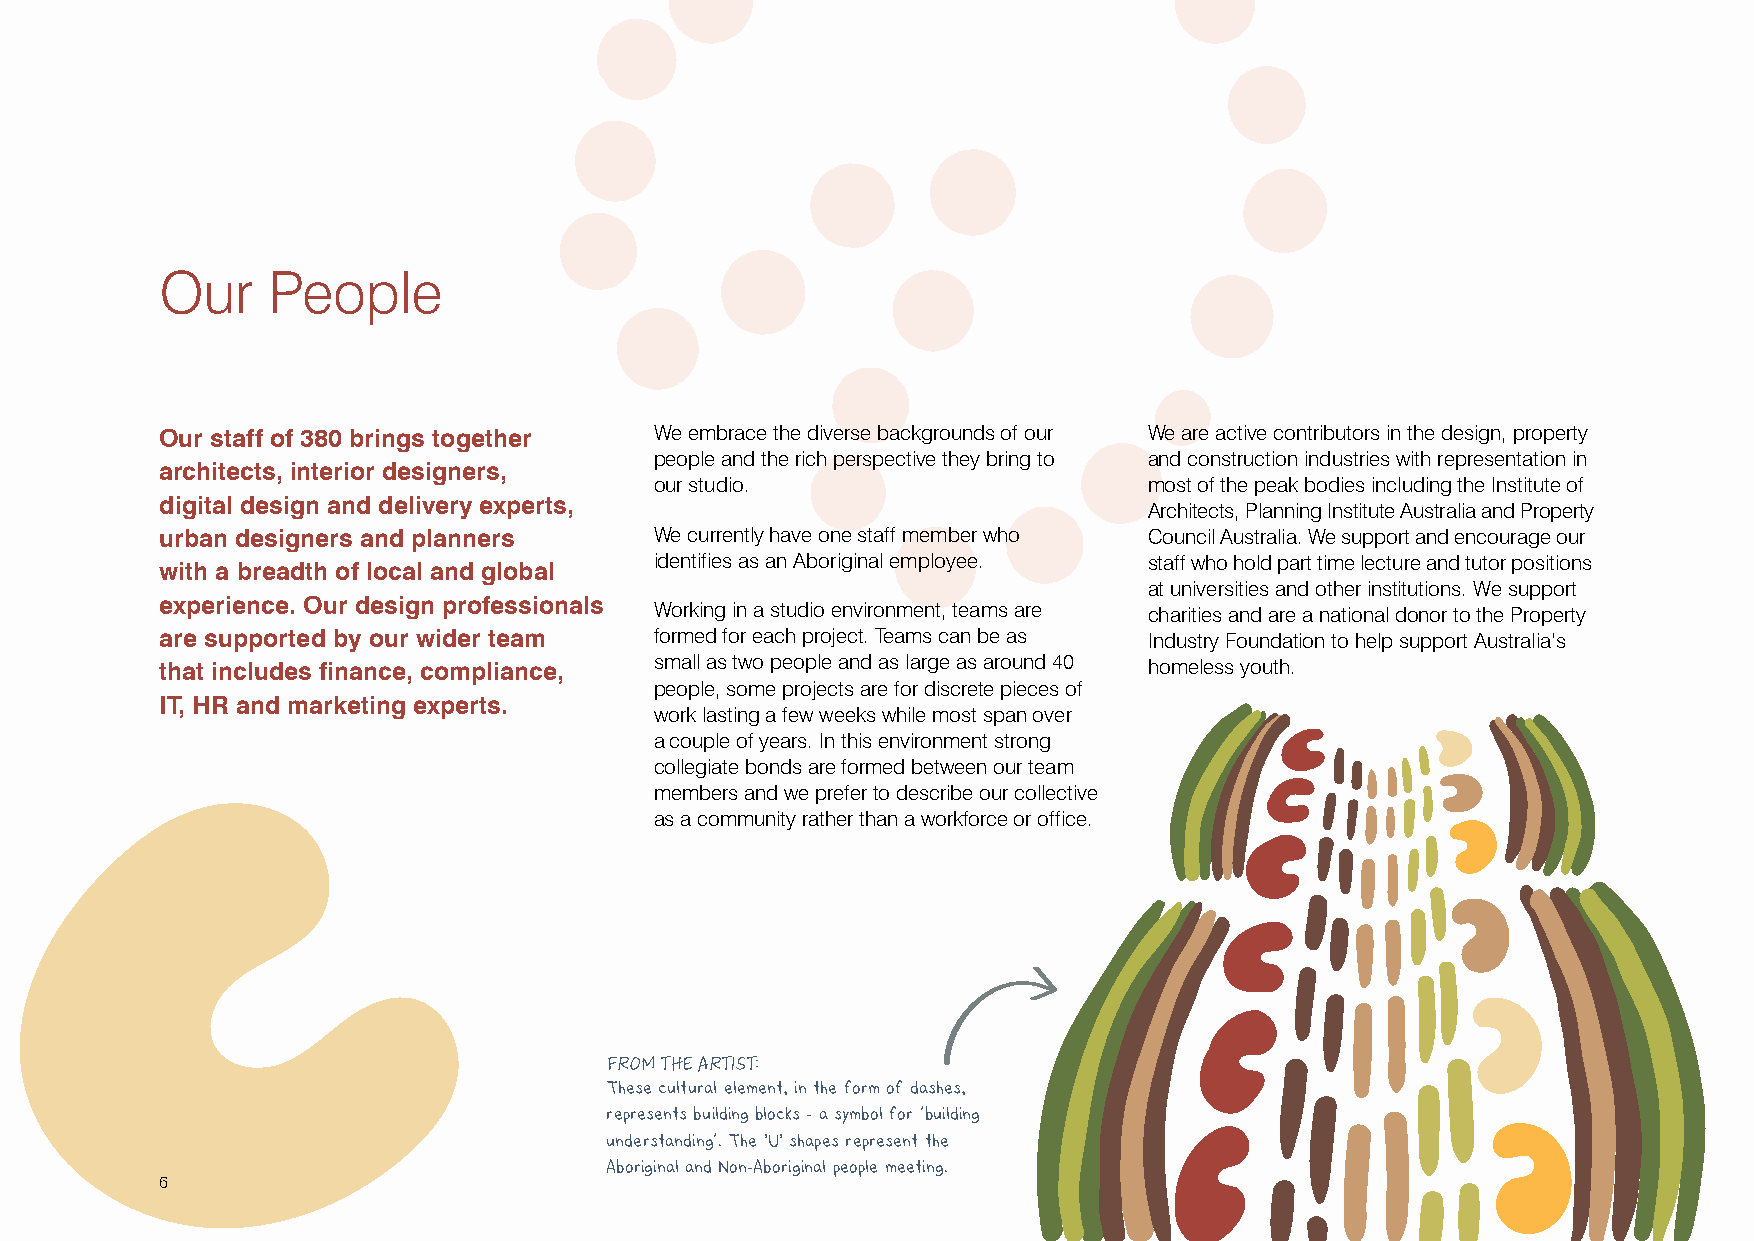
Our    People
 Our staff of 380 brings together We embrace the diverse backgrounds of our We are active contributors in the design, property
 people and the rich perspective they bring to and construction industries with representation in
 architects, interior designers,
 our studio.                      most of the peak bodies including the Institute of
 digital design and delivery experts,
 Architects, Planning Institute Australia and Property
 urban designers and planners    We currently have one staff member who Council Australia. We support and encourage our
 identifies as an Aboriginal employee. staff who hold part time lecture and tutor positions
 with a breadth of local and global
 at universities and other institutions. We support
 experience. Our design professionals
 Working in a studio environment, teams are charities and are a national donor to the Property
 are supported by our wider team formed for each project. Teams can be as Industry Foundation to help support Australia’s
 that includes finance, compliance, small as two people and as large as around 40 homeless youth.
 people, some projects are for discrete pieces of
 IT, HR and marketing experts.
 work lasting a few weeks while most span over
 a couple of years. In this environment strong
 collegiate bonds are formed between our team
 members and we prefer to describe our collective
 as a community rather than a workforce or office.
 :
 FROM THE ARTIST
 These cultural element, in the form of dashes,
 represents building blocks - a symbol for building
 ‘
 understanding. The 'U' shapes represent the
 ’
 Aboriginal and Non-Aboriginal people meeting.
 6